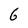
Character: G